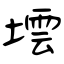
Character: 墵